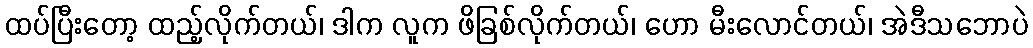
ထပ်ပြီးတော့ ထည့်လိုက်တယ်၊ ဒါက လူက ဖိခြစ်လိုက်တယ်၊ ဟော မီးလောင်တယ်၊ အဲဒီသဘောပဲ